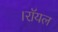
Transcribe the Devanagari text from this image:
।रॉयल